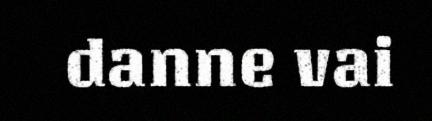
danne vai